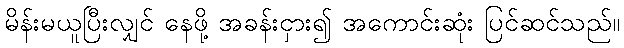
မိန်းမယူပြီးလျှင် နေဖို့ အခန်းငှား၍ အကောင်းဆုံး ပြင်ဆင်သည်။